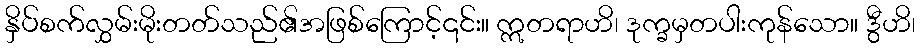
နှိပ်စက်လွှမ်းမိုးတတ်သည်၏အဖြစ်ကြောင့်၎င်း။ ဣတရာဟိ၊ ဒုက္ခမှတပါးကုန်သော။ ဒွီဟိ၊